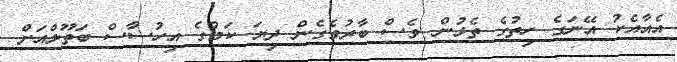
އެއާއެކު އޭނަގެ ހިތުގެ ތެޅުން ވެސް ބާރުވެގެން ދިޔަ ކަމުގެ އިހުސާސް ބަތޫލްއަށް